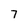
Character: 7